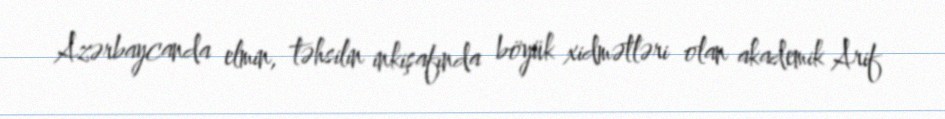
Azərbaycanda elmin, təhsilin inkişafında böyük xidmətləri olan akademik Arif